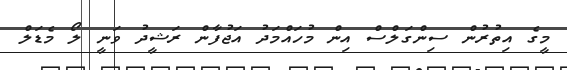
މީގެ އިތުރުން ސިންގަލްސް އިން މުހައްމަދު އަޖުފާން ރަޝީދު ވަނީ ލޯ މެޑަލް